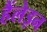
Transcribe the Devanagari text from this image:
हैंलेइन